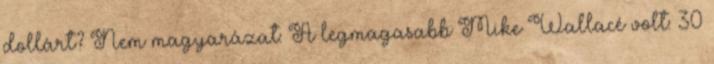
dollárt? Nem magyarázat: A legmagasabb Mike Wallacé volt: 30